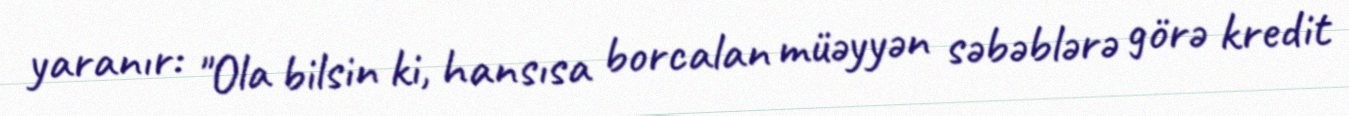
yaranır: "Ola bilsin ki, hansısa borcalan müəyyən səbəblərə görə kredit